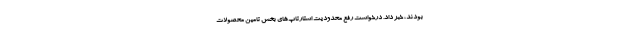
بودند، خبر داد. درخواست رفع محدودیت ‌استارتاپ‌های بخش تامین محصولات